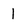
Character: I